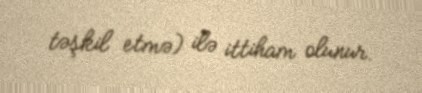
təşkil etmə) ilə ittiham olunur.